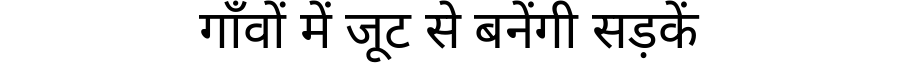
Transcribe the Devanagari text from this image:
गाँवों में जूट से बनेंगी सड़कें